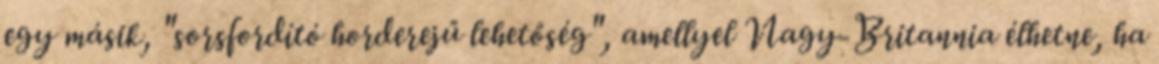
egy másik, "sorsfordító horderejű lehetőség", amellyel Nagy-Britannia élhetne, ha